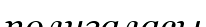
полигаласы